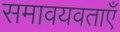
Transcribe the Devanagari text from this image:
समावयवताएँ